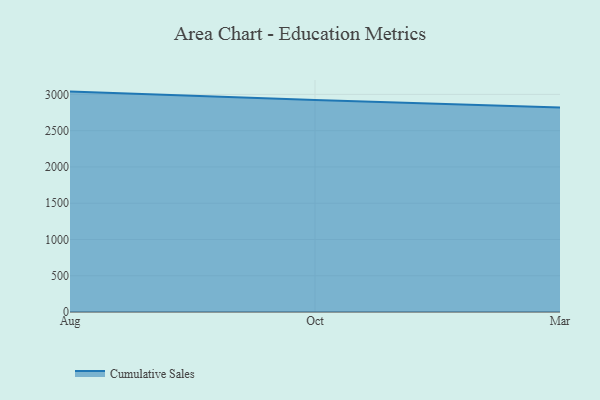
{"axis": {"x": "Month", "y": "Temperature (°C)"}, "legend": ["Cumulative Sales"], "data": [{"x": "Aug", "y": 3038.8, "type": "Cumulative Sales"}, {"x": "Oct", "y": 2922.9, "type": "Cumulative Sales"}, {"x": "Mar", "y": 2818.7, "type": "Cumulative Sales"}]}